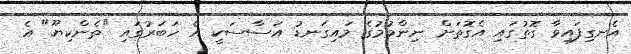
އެނގިފައިވާ ގޮތުގައި އެގޮތަށް ނިންމުމުގެ މައިގަނޑު އަސާސަކީ އެ ހަބަރުގައި "ތެންކިޔޫ" އެ